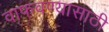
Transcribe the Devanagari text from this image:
वाफवण्यासाठी